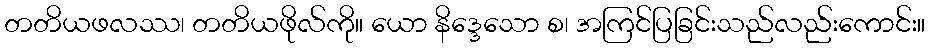
တတိယဖလဿ၊ တတိယဖိုလ်ကို။ ယော နိဒ္ဒေသော စ၊ အကြင်ပြခြင်းသည်လည်းကောင်း။